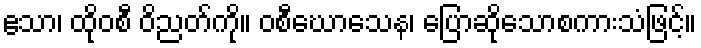
ဧသာ၊ ထိုဝစီ ဝိညတ်ကို။ ဝစီဃောသေန၊ ပြောဆိုသောစကားသံဖြင့်။